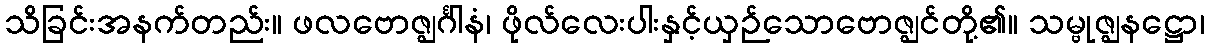
သိခြင်းအနက်တည်း။ ဖလဗောဇ္ဈင်္ဂါနံ၊ ဖိုလ်လေးပါးနှင့်ယှဉ်သောဗောဇ္ဈင်တို့၏။ သမ္ဗုဇ္ဈနဋ္ဌော၊